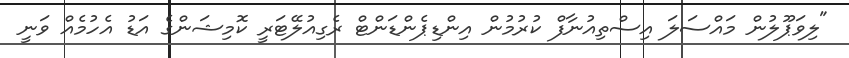
"ލިވަޕޫލުން މައްސަލަ އިސްތިއުނާފް ކުރުމުން އިންޑިޕެންޑަންޓް ރެގިއުލޭޓަރީ ކޮމިޝަންގެ އަޑު އެހުމެއް ވަނީ